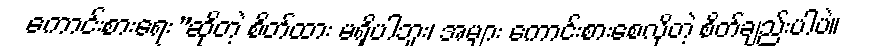
ကောင်းစားရေး”ဆိုတဲ့ စိတ်ထား မရှိပါဘူး၊ အများ ကောင်းစားစေလိုတဲ့ စိတ်ချည်းပါပဲ။